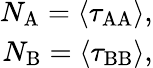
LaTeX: \begin{array}{r}{N_{\mathrm{A}}=\langle\tau_{\mathrm{AA}}\rangle,}\\ {N_{\mathrm{B}}=\langle\tau_{\mathrm{BB}}\rangle,}\end{array}